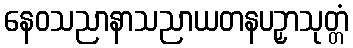
နေဝသညာနာသညာယတနပဉှာသုတ္တံ